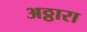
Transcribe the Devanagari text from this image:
अठ्ठारा